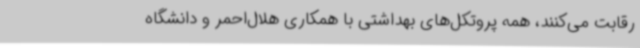
رقابت می‌کنند، همه پروتکل‌های بهداشتی با همکاری هلال‌احمر و دانشگاه